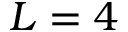
L = 4